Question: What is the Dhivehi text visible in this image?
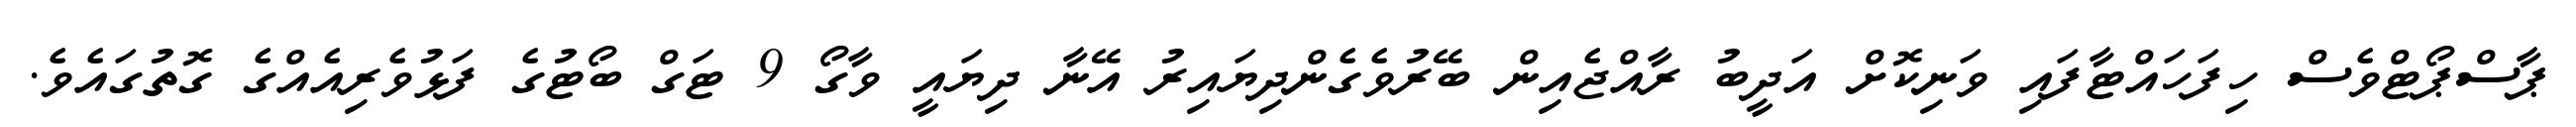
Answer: ޕާސްޕޯޓްވެސް ހިފަހައްޓާފައި ވަނިކޮށް އަދީބު ރާއްޖެއިން ބޭރުވެގެންދިޔައިރު އޭނާ ދިޔައީ ވާގޯ 9 ޓަގް ބޯޓުގެ ފަޅުވެރިއެއްގެ ގޮތުގައެވެ.